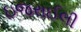
ઇજરાઈલી